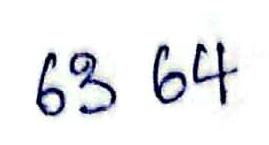
63 64